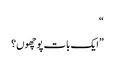
“
”ایک بات پوچھوں؟